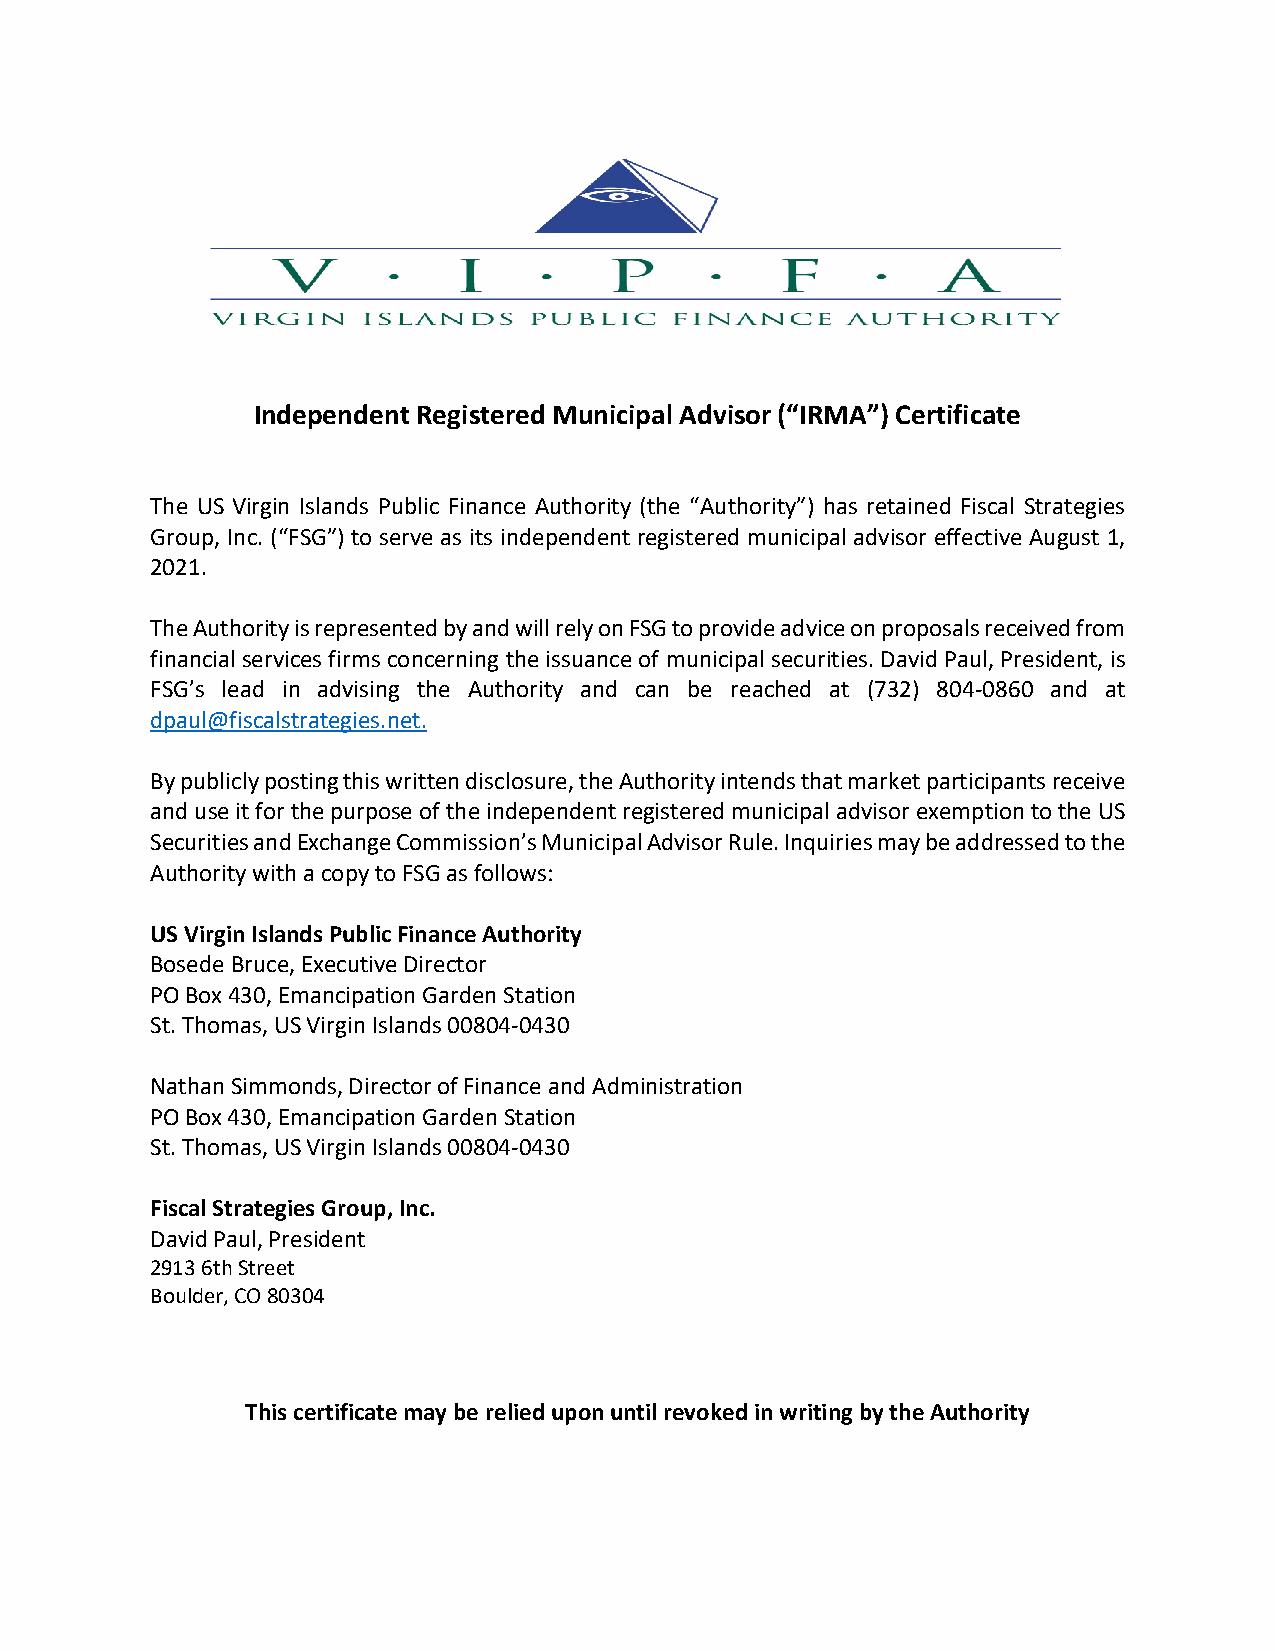
Independent Registered Municipal Advisor (“IRMA”) Certificate
 The US Virgin Islands Public Finance Authority (the “Authority”) has retained Fiscal Strategies
 Group, Inc. (“FSG”) to serve as its independent registered municipal advisor effective August 1,
 2021.
 The Authority is represented by and will rely on FSG to provide advice on proposals received from
 financial services firms concerning the issuance of municipal securities. David Paul, President, is
 FSG’s lead in advising the Authority and can be reached at (732) 804-0860 and at
 dpaul@fiscalstrategies.net.
 By publicly posting this written disclosure, the Authority intends that market participants receive
 and use it for the purpose of the independent registered municipal advisor exemption to the US
 Securities and Exchange Commission’s Municipal Advisor Rule. Inquiries may be addressed to the
 Authority with a copy to FSG as follows:
 US Virgin Islands Public Finance Authority
 Bosede Bruce, Executive Director
 PO Box 430, Emancipation Garden Station
 St. Thomas, US Virgin Islands 00804-0430
 Nathan Simmonds, Director of Finance and Administration
 PO Box 430, Emancipation Garden Station
 St. Thomas, US Virgin Islands 00804-0430
 Fiscal Strategies Group, Inc.
 David Paul, President
 2913 6th Street
 Boulder, CO 80304
 This certificate may be relied upon until revoked in writing by the Authority